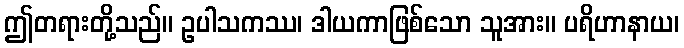
ဤတရားတို့သည်။ ဥပါသကဿ၊ ဒါယကာဖြစ်သော သူအား။ ပရိဟာနာယ၊